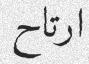
ارتاح